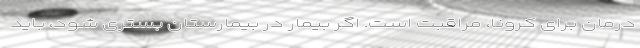
درمان برای کرونا، مراقبت است. اگر بیمار در بیمارستان بستری شود، باید